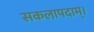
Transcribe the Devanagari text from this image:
सकलापदाम्‌।